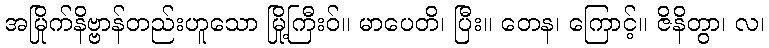
အမြိုက်နိဗ္ဗာန်တည်းဟူသော မြို့ကြီးဝ်။ မာပေတိ၊ ပြီး။ တေန၊ ကြောင့်။ ဇိနိတွာ၊ လ၊